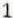
1